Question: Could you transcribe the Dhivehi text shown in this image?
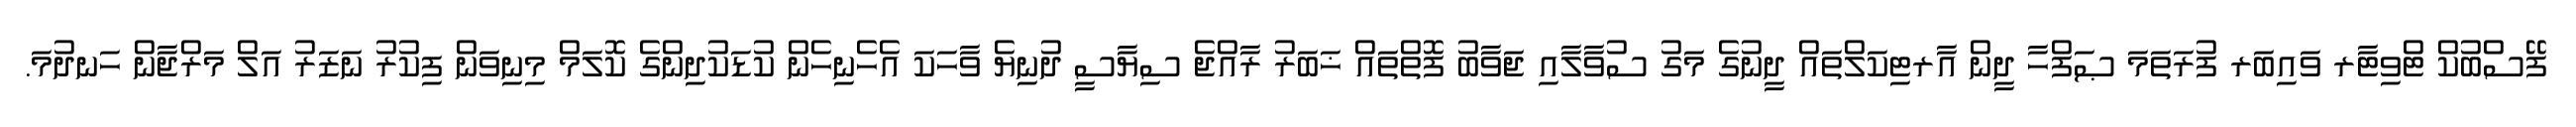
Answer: ފޭސްބުކް ޓްވިޓާރ ވައިބަރ ފުރަތަމަ ޞަފްހާ ދީން އާރޓިކަލްތައް ދީނުގެ މަގު ސުވާލާއި ޖަވާބު ފޮތްތައް ޚަބަރު ރާއްޖެ ސިޔާސީ ދުނިޔެ ވާހަކަ އެހެނިހެން ކުޑަކުދިންގެ ކޮލަމް މިނިވަން ފިކުރު ނަޒަރު އަލް މަރްޖާން ހަނދުމަ.